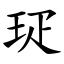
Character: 㺼